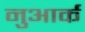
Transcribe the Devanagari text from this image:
नुआर्क